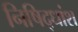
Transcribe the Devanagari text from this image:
निषिद्धांश